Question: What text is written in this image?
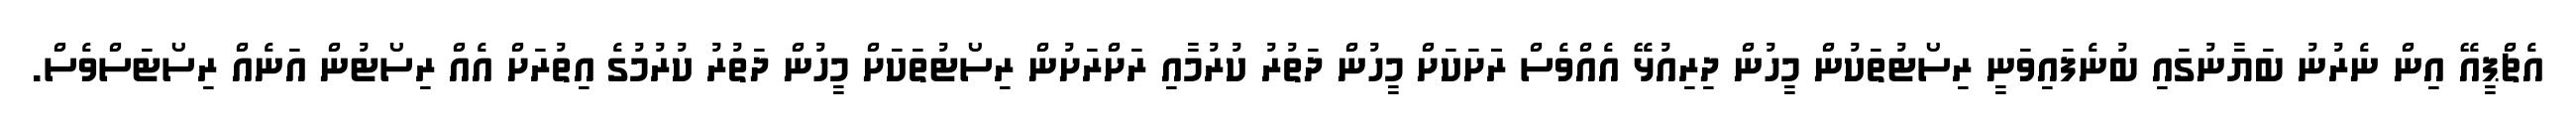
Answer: އެޗްޕީއޭ އިން ނެރުނު ބަޔާނުގައި ބުނެފައިވަނީ ރިސޯޓުތަކުން މީހުން ދިރިއުޅޭ އެއްވެސް ރަަށަކަށް މީހުން ދަތުރު ކުރުމާއި ރަށްރަށުން ރިސޯޓުތަކަށް މީހުން ދަތުރު ކުރުމުގެ އިތުރަށް އެއް ރިސޯޓުން އަނެއް ރިސޯޓަސްވެސް.